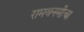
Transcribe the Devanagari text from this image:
रामवनमीचा